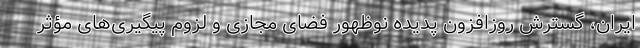
ایران، گسترش روزافزون پدیده نوظهور فضای مجازی و لزوم پیگیری‌های مؤثر